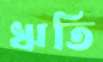
ঋতি